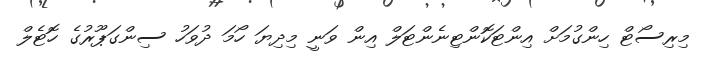
މިރިސޯޓް ހިންގުމަށް އިންޓަކޮންޓިނެންޓަލް އިން ވަނީ މިދިޔަ ހޯމަ ދުވަހު ސިންގަޕޫރުގެ ހޮޓެލް